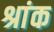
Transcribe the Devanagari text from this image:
श्रांक